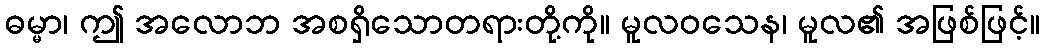
ဓမ္မာ၊ ဤ အလောဘ အစရှိသောတရားတို့ကို။ မူလဝသေန၊ မူလ၏ အဖြစ်ဖြင့်။